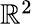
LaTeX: \textstyle\mathbb{R}^{2}